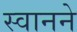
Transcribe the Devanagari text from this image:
स्वानने